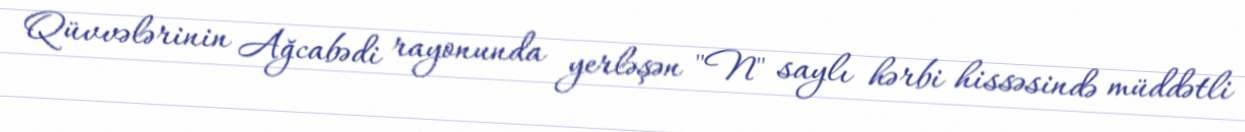
Qüvvələrinin Ağcabədi rayonunda yerləşən "N" saylı hərbi hissəsində müddətli